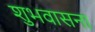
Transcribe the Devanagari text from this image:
शुभवासना